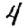
Digit: 4